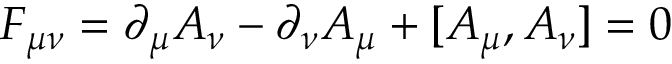
F _ { \mu \nu } = \partial _ { \mu } A _ { \nu } - \partial _ { \nu } A _ { \mu } + [ A _ { \mu } , A _ { \nu } ] = 0